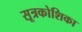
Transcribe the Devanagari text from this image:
सूत्रकोशिका